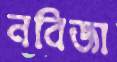
নবিজা